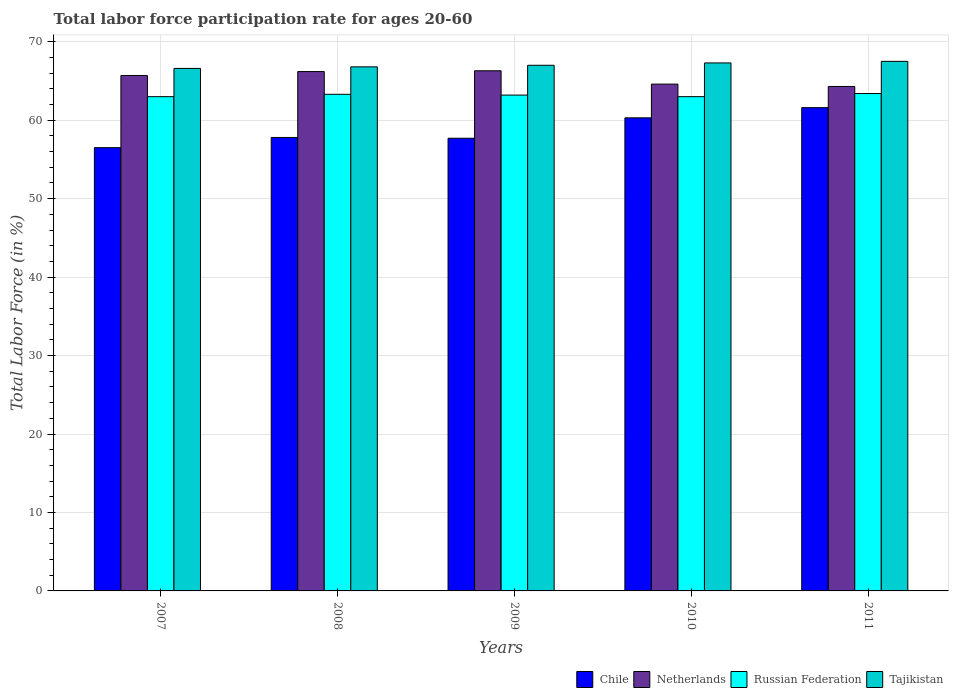
| Years | Chile | Netherlands | Russian Federation | Tajikistan |
 | --- | --- | --- | --- | --- |
 | 2007 | 56.5 | 65.7 | 63 | 66.6 |
 | 2008 | 57.8 | 66.2 | 63.3 | 66.8 |
 | 2009 | 57.7 | 66.3 | 63.2 | 67 |
 | 2010 | 60.3 | 64.6 | 63 | 67.3 |
 | 2011 | 61.6 | 64.3 | 63.4 | 67.5 |